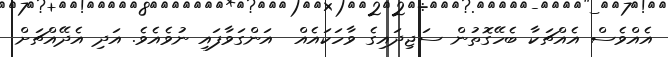
އެއްވެސް އެއްޗަކާ ބެހޭގޮތުން ސަޖިދައިގެ ވާހަކައެއް  އަންގަވާފައި ނުވެއެވެ. އަދި އެދޭއްޗަށް